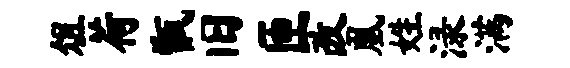
俎荷甑旧匝改凰姓渌满